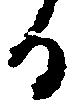
る